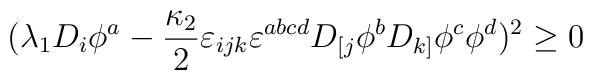
(\lambda_1 D_i\phi^a -\frac{\kappa_2}{2} \varepsilon_{ijk} \varepsilon^{abcd} D_{[j}\phi^b D_{k]}\phi^c \phi^d)^2 \ge 0